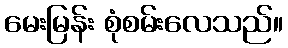
မေးမြန်း စုံစမ်းလေသည်။